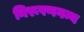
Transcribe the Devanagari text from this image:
निरूपणगम्य